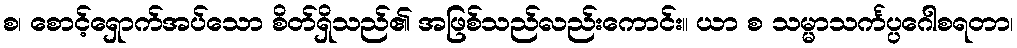
စ၊ စောင့်ရှောက်အပ်သော စိတ်ရှိသည်၏ အဖြစ်သည်လည်းကောင်း။ ယာ စ သမ္မာသင်္ကပ္ပဂေါစရတာ၊